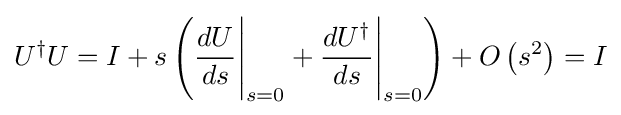
U^{\dagger }U=I+s\left({\frac {dU}{ds}}{\Bigg |}_{s=0}+{\frac {dU^{\dagger }}{ds}}{\Bigg |}_{s=0}\right)+O\left(s^{2}\right)=I